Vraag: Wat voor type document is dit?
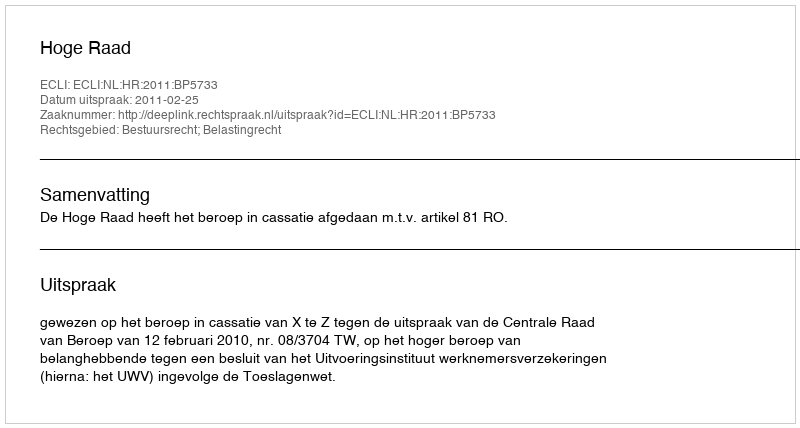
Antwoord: Uitspraak